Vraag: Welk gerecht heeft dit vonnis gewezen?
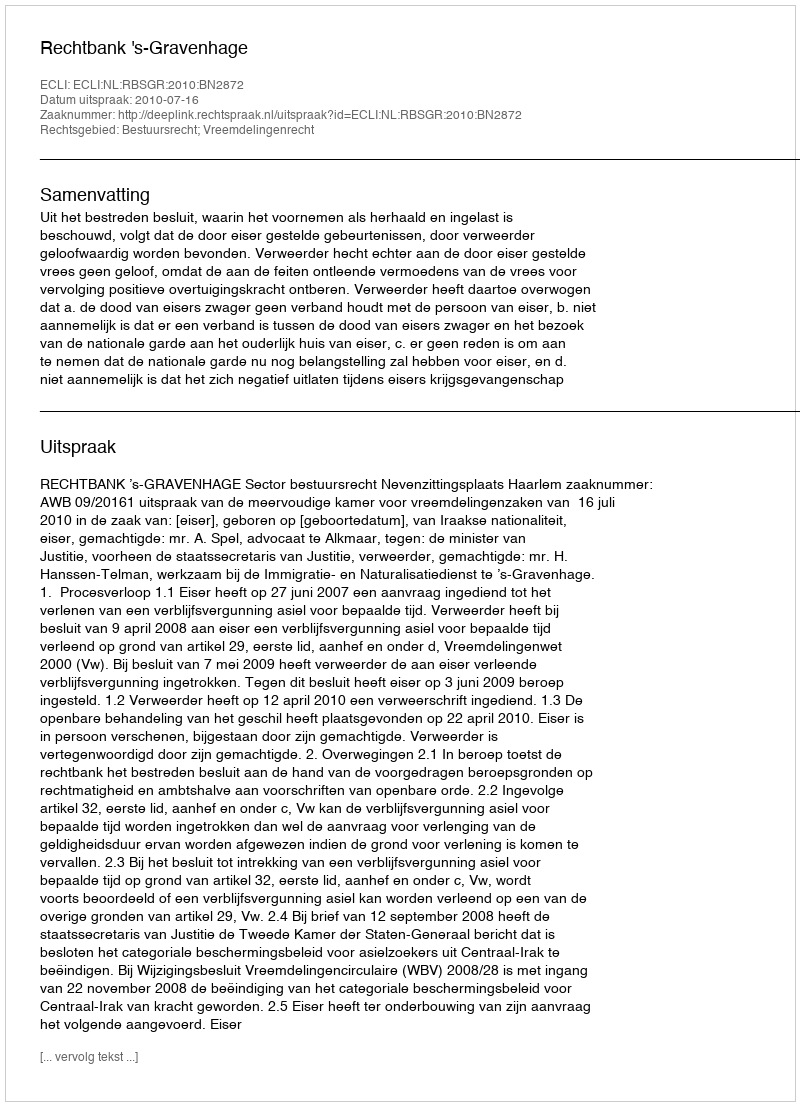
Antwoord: Rechtbank 's-Gravenhage